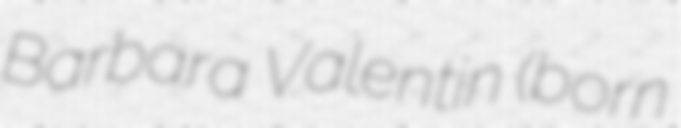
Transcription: Barbara Valentin (born